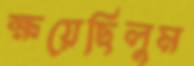
ক্ষয়েছিলুম